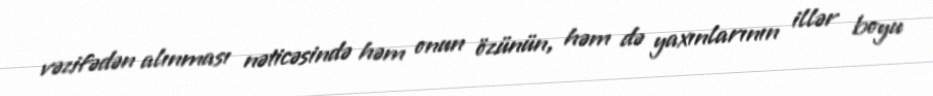
vəzifədən alınması nəticəsində həm onun özünün, həm də yaxınlarının illər boyu